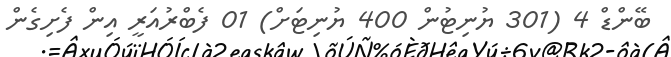
ބޭންޑް 4 (301 ޔުނިޓުން 400 ޔުނިޓަށް) 01 ފެބްރުއަރީ އިން ފެށިގެން